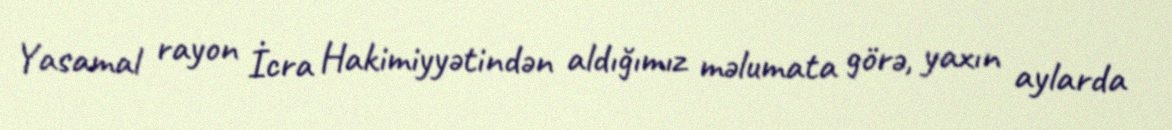
Yasamal rayon İcra Hakimiyyətindən aldığımız məlumata görə, yaxın aylarda